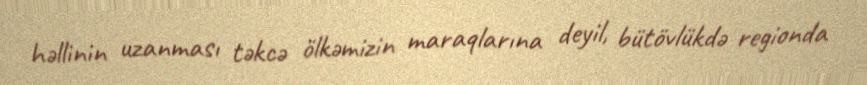
həllinin uzanması təkcə ölkəmizin maraqlarına deyil, bütövlükdə regionda